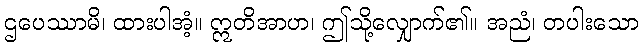
ဌပေဿာမိ၊ ထားပါအံ့။ ဣတိအာဟ၊ ဤသို့လျှောက်၏။ အညံ၊ တပါးသော